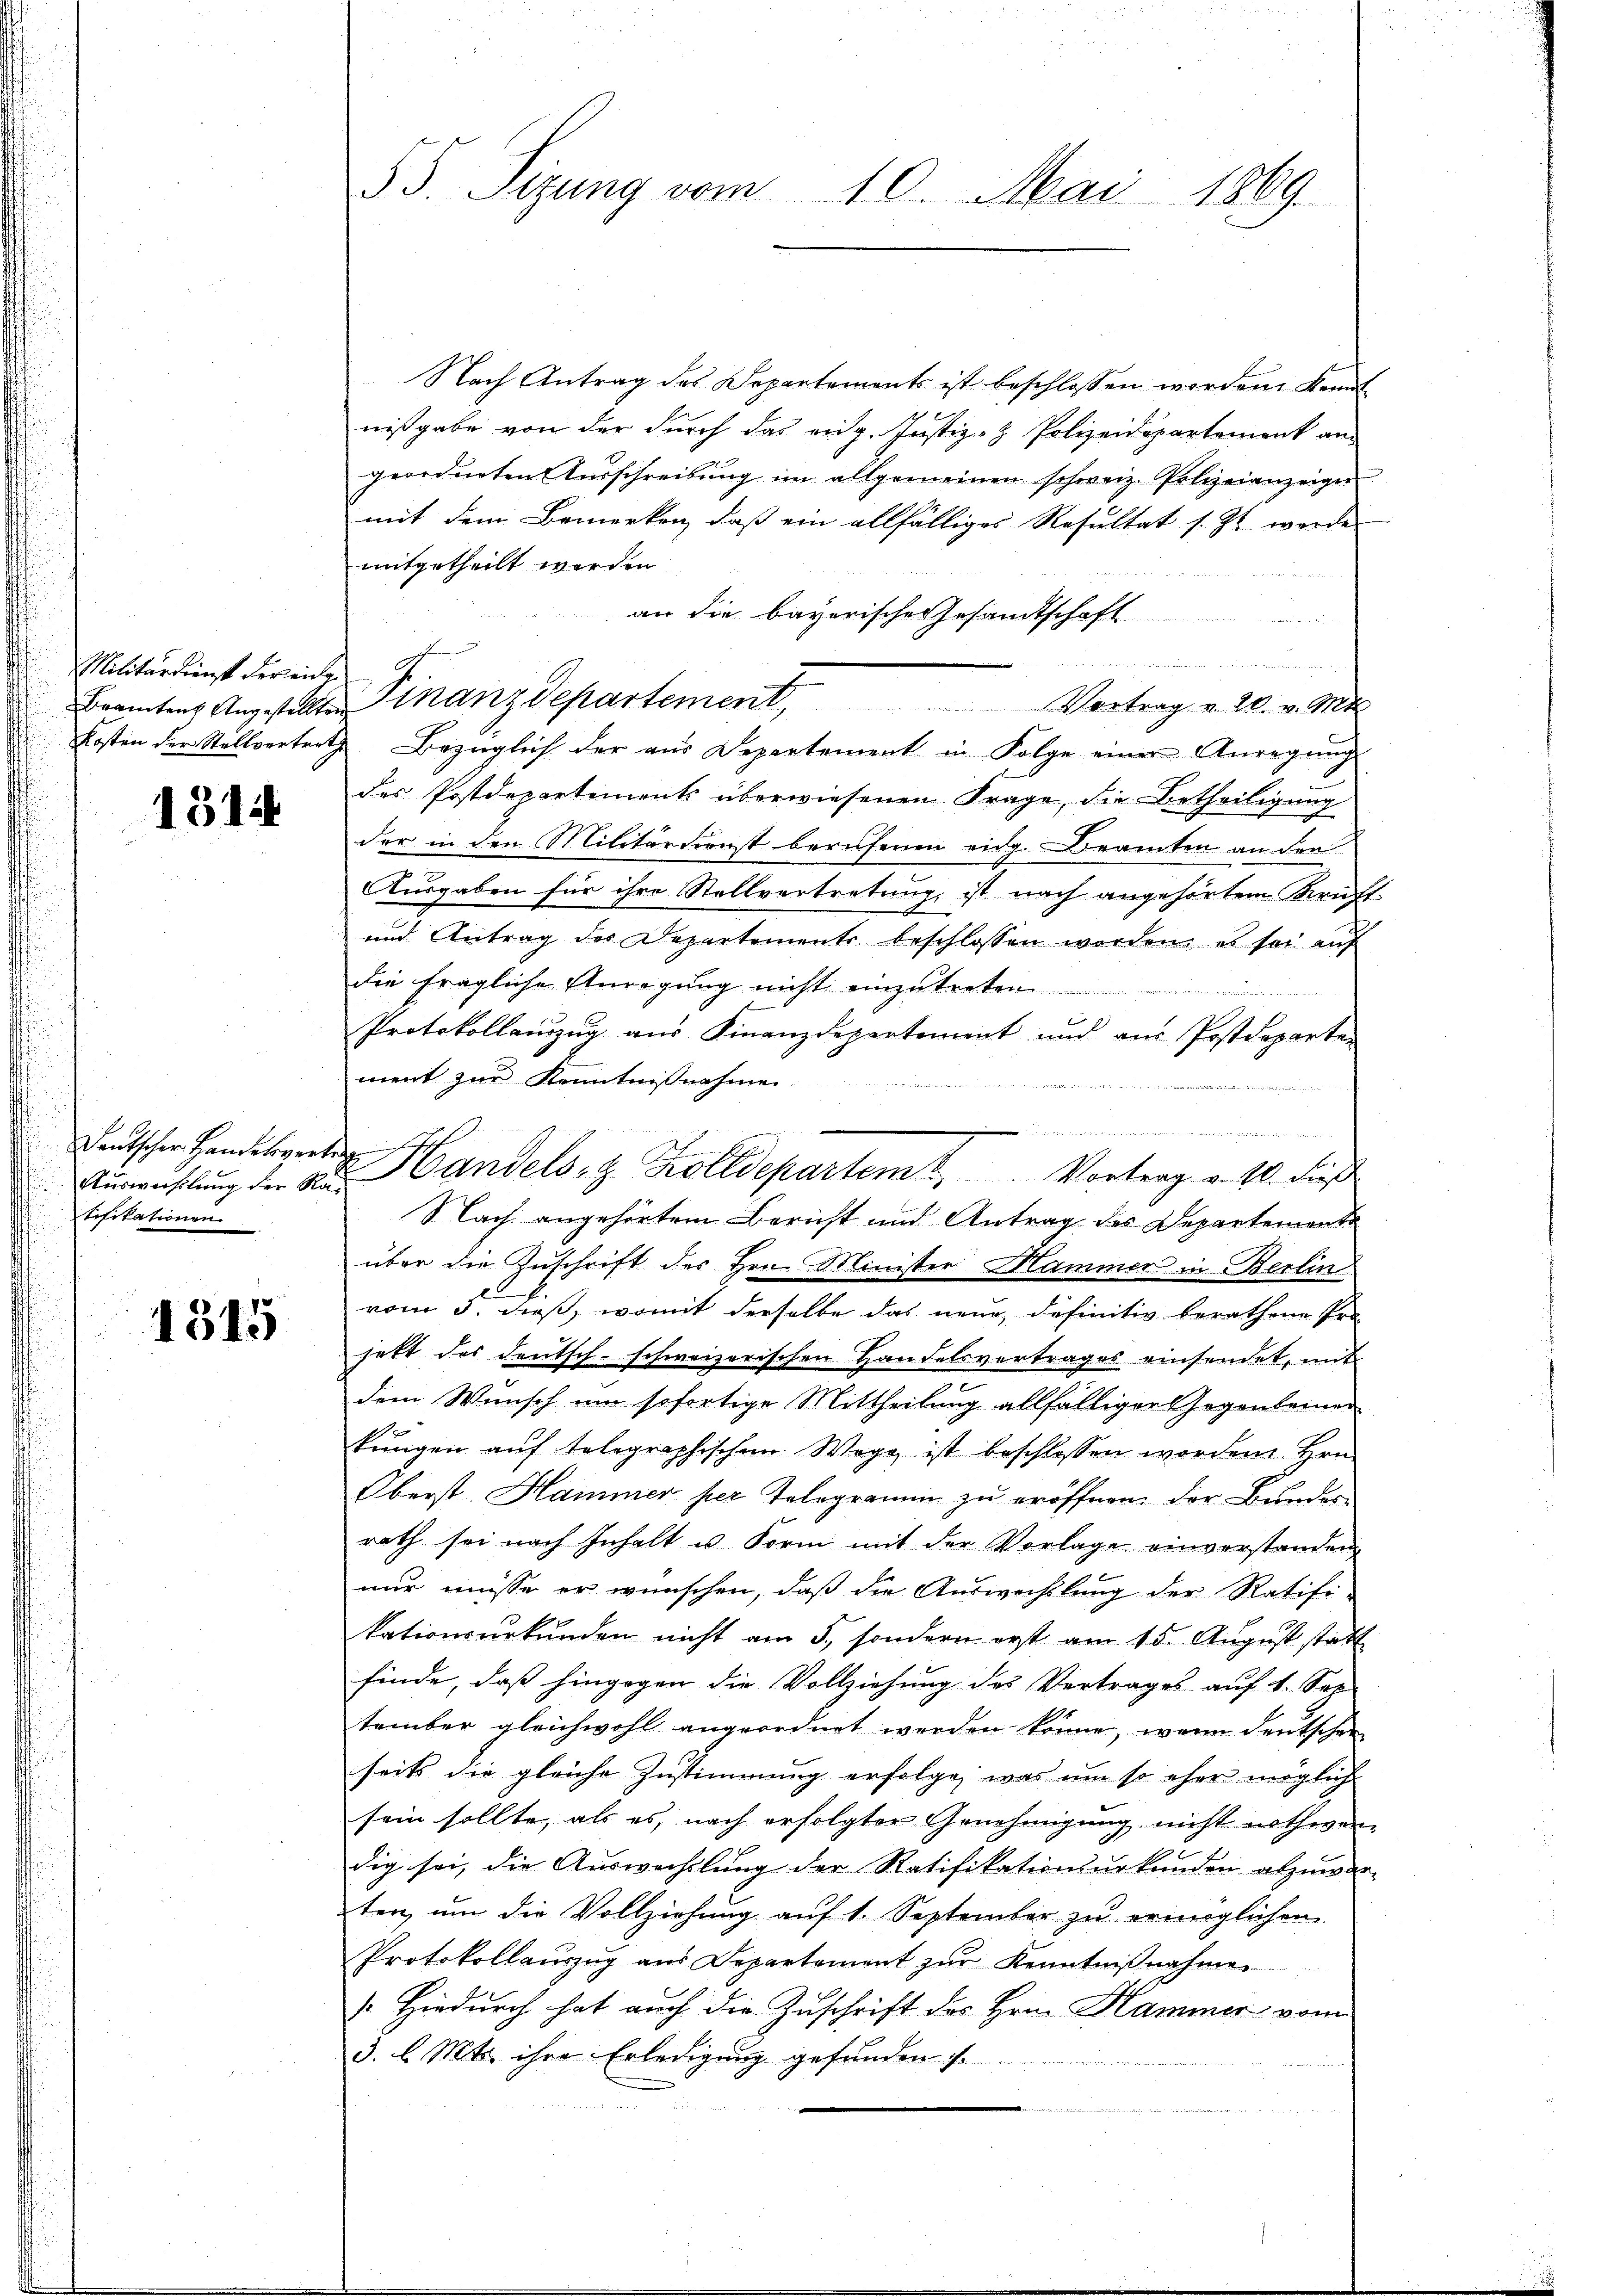
Militärdienst der leide

1314

Deutscher Handelsvert
tifikationen
f

1315

55. Sizung vom 10. Mai 1869.

Nach Antrag des Departements ist beschlossen worden Kennt
nißgabe von der durch das eidg. Justiz- & Polizeidepartement an
geordneten Aŭsschreibŭng im allgemeinen schweiz. Polizeianzeigen
mit dem Bemerken, daß ein allfälliges Resultat s. Zt. werde
mitgetheilt werden.
an die bayerischen Gesandtschaft

Kosten der Stellvertrath Bezüglich der aus Departement in Folge einer Anregung
des Postdepartements überwiesenen Frage, die Betheiligung
der in den Militärdienst berufenen eidg. Beamten an den
Ausgaben für ihre Stellvertretung ist nach angehörtem Kraft
E
und Antrag des Departements beschlossen werden, es sei auf
die fragliche Anregung nicht einzutreten.
.
u
Protokollauszug aus Finanzdepartement und aus Postdeparten
ment zur Kenntnißnahme

Nach angehörtem Bericht und Antrag des Departemente
über die Zuschrift des Hrn. Minister Hammer in Berlin
vom 5. dieß, womit derselbe das neue definitiv berathene Pro
hett des deutsch-schweizerischen Handelsvertrages einsendet, mit
dem Wunsch um sofortige Mittheilung allfälliger Gegenleiner
kungen auf telegraphischen Wege ist beschlossen worden Hrn.
Oberst Hammer per Telegramm zu eröffnen, der Bundes-
rath sei nach Inhalt u. Form mit der Vorlage einverstanden
nur müsse er wünschen, daß die Auswechslung der Ratifi-
kationsurkunden nicht am 5., sondern erst am 15. August statt
finde, daß hingegen die Vollziehung des Vertrages auf 1. Sei
tember gleichwohl angeordnet werden könne, wenn deutschen
seits die gleiche Zustimmung erfolge, was um so eher mögliche
sein sollte, als es, nach erfolgter Genehmigung nicht nothwen-
6
dig sei, die Auswechslung der Ratifikationsurkunden abzuwar-
ten, ŭm die Vollziehŭng aŭf 1. September zŭ ermöglichen
Protokollauszug aus Departement zur Kenntnißnahmen
Hiedurch hat auch die Zuschrift des Hrn. Hammer, vom
3. l. Mts. ihre Erledigung gefunden

Brantens Angestalte Finanzdepartement, Vortrag v. 20. v. Mts.

.
t
Auswahlung der Dr. Handels- & Zolldepartemt, Vortrag v. 10. dieß